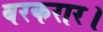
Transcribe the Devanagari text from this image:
बरकरार।